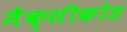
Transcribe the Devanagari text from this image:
मैक्सीकोड